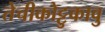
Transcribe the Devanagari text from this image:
तेचीकोट्टुकावु